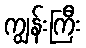
ကျွန်းကြီး